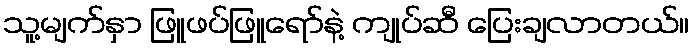
သူ့မျက်နှာ ဖြူဖပ်ဖြူရော်နဲ့ ကျုပ်ဆီ ပြေးချလာတယ်။